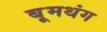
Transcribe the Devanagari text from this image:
बूमथंग